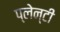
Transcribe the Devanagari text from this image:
प्लेन्टी